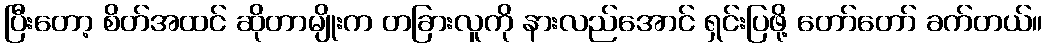
ပြီးတော့ စိတ်အထင် ဆိုတာမျိုးက တခြားလူကို နားလည်အောင် ရှင်းပြဖို့ တော်တော် ခက်တယ်။